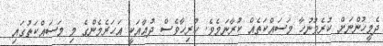
ދެމީހުންނަށް ކުރެވުނުހާ މަސައްކަތެއް ކުރާނަމެވެ. ހުރިހާވެސް ދުޢާއަކީ އަހަރެމެންގެ މި މަސައްކަތުގައި